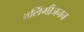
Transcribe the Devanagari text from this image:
अलिंगीजनन